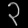
Digit: ၃